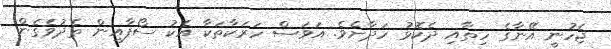
ޖެހުނީ އޭނާގެ ހިތާއި ދެކޮޅު ހަދާށެވެ. އަވަސް ހަރަކާތަކާ އެކު ސޯފާއިން ތެދުވެގެން